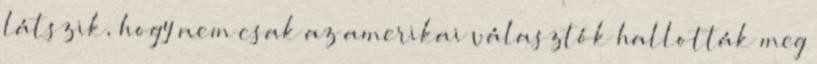
látszik, hogy nem csak az amerikai választók hallották meg